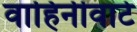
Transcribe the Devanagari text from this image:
वाहिनीवाटे